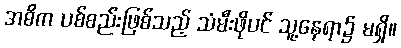
အဓိက ပစ်စည်းဖြစ်သည့် သံမီးဖိုပင် သူ့နေရာ၌ မရှိ။